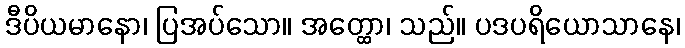
ဒီပိယမာနော၊ ပြအပ်သော။ အတ္ထော၊ သည်။ ပဒပရိယောသာနေ၊